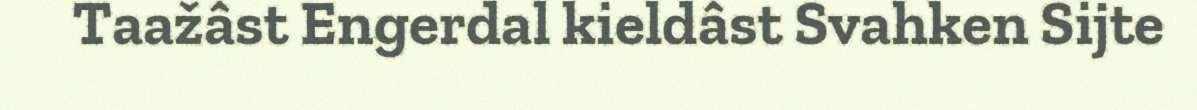
Taažâst Engerdal kieldâst Svahken Sijte